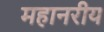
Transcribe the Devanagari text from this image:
महानरीय